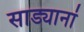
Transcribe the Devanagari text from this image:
साड्यानां